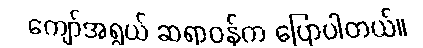
ကျော်အရွယ် ဆရာဝန်က ပြောပါတယ်။